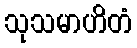
သုသမာဟိတံ